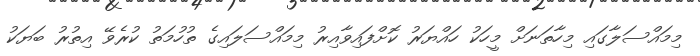
މިމައްސަލާގައި މިހާތަނަށް މީހަކު ހައްޔަރު ކޮށްފައިވާއިރު މިމައްސަލައިގެ ތުހުމަތު ކުރެވޭ އިތުރު ބަޔަކު